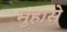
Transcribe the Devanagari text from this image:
मुहासे